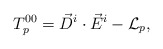
\begin{align*}T^{00}_p = \vec D^i \cdot \vec E^i - {\cal L}_p,\end{align*}